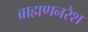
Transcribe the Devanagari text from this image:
ब्राह्मणनरेश